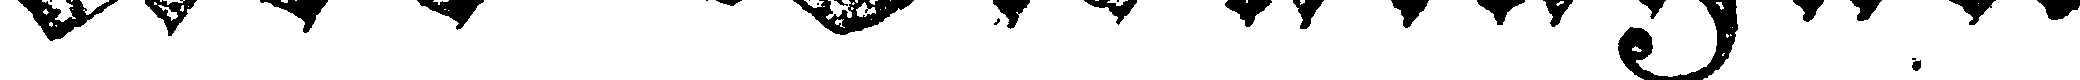
Åbo Tidningar